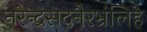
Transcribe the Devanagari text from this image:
नरेन्द्रसदनैरभ्रंलिहे